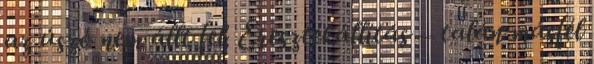
az úszó nem állt fel. Eresztékállítás – talán másfél